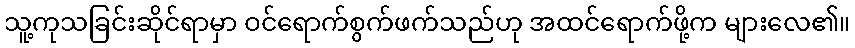
သူ့ကုသခြင်းဆိုင်ရာမှာ ဝင်ရောက်စွက်ဖက်သည်ဟု အထင်ရောက်ဖို့က များလေ၏။